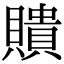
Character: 𧸃